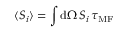
\langle S _ { i } \rangle = \int \mathrm { d } \Omega \, S _ { i } \, \tau _ { \mathrm { M F } }